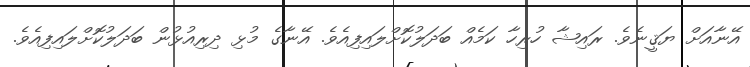
އޭނާއަށް ޔަޤީނެވެ. ރައިޝާ ހުރިހާ ކަމެއް ބަދަލުކޮށްލައިފިއެވެ. އޭނާގެ މުޅި ދިރިއުޅުން ބަދަލުކޮށްލައިފިއެވެ.